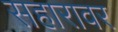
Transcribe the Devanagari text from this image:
सहारावर